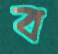
ব